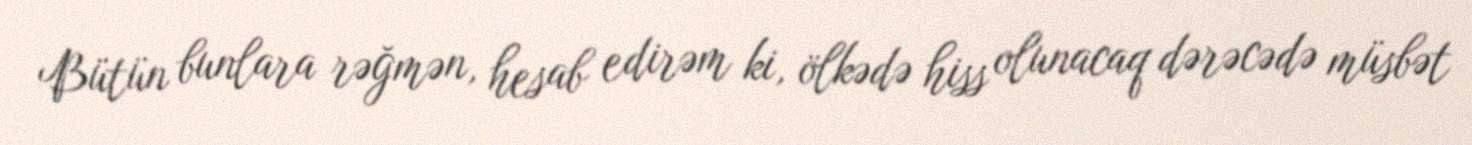
Bütün bunlara rəğmən, hesab edirəm ki, ölkədə hiss olunacaq dərəcədə müsbət